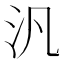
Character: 汎